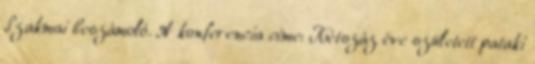
Szakmai beszámoló. A konferencia címe: Kétszáz éve született pataki